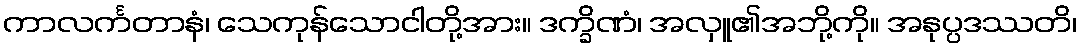
ကာလင်္ကတာနံ၊ သေကုန်သောငါတို့အား။ ဒက္ခိဏံ၊ အလှူ၏အဘို့ကို။ အနုပ္ပဒဿတိ၊